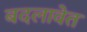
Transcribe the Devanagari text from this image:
बदलावेत